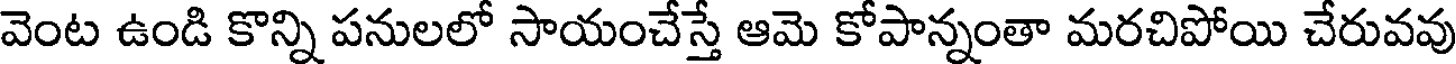
వెంట ఉండి కొన్ని పనులలో సాయంచేస్తే ఆమె కోపాన్నంతా మరచిపోయి చేరువవు